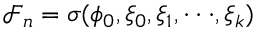
\mathcal { F } _ { n } = \sigma ( \phi _ { 0 } , \xi _ { 0 } , \xi _ { 1 } , · · · , \xi _ { k } )